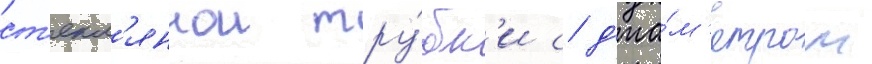
ст'екл'яннои тру́бк'и с д'иа́м'етром